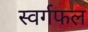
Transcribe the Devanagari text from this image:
स्वर्गफल